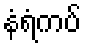
နံရံကပ်